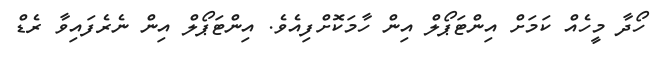
ހޯދާ މީހެއް ކަމަށް އިންޓަޕޯލް އިން ހާމަކޮށްފިއެވެ. އިންޓަޕޯލް އިން ނެރެފައިވާ ރެޑް